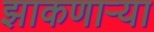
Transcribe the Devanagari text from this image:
झाकणाऱ्या